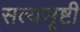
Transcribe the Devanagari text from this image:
सत्यसृष्टी